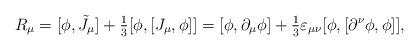
LaTeX: \begin{align*}R_\mu =[\phi ,\tilde J_\mu ]+{\textstyle \frac 13}[\phi ,[J_\mu ,\phi]]=[\phi ,\partial _\mu \phi ]+{\textstyle \frac 13}\varepsilon _{\mu \nu}[\phi ,[\partial ^\nu \phi ,\phi ]],\end{align*}